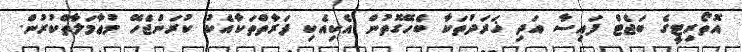
އޮތޯރިޓީގެ ބަޖެޓް ފައިސާ އަދި ޚަރަދުތަކާ ބެހޭގޮތުން އެކިއެކި ފަރާތްތަކާއެކު ކުރަންޖެހޭ މުޢާމަލާތްކުރުން.